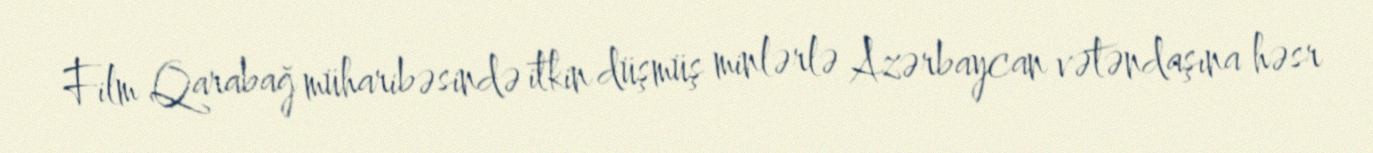
Film Qarabağ müharibəsində itkin düşmüş minlərlə Azərbaycan vətəndaşına həsr